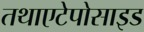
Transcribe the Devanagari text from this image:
तथाएटेपोसाइड